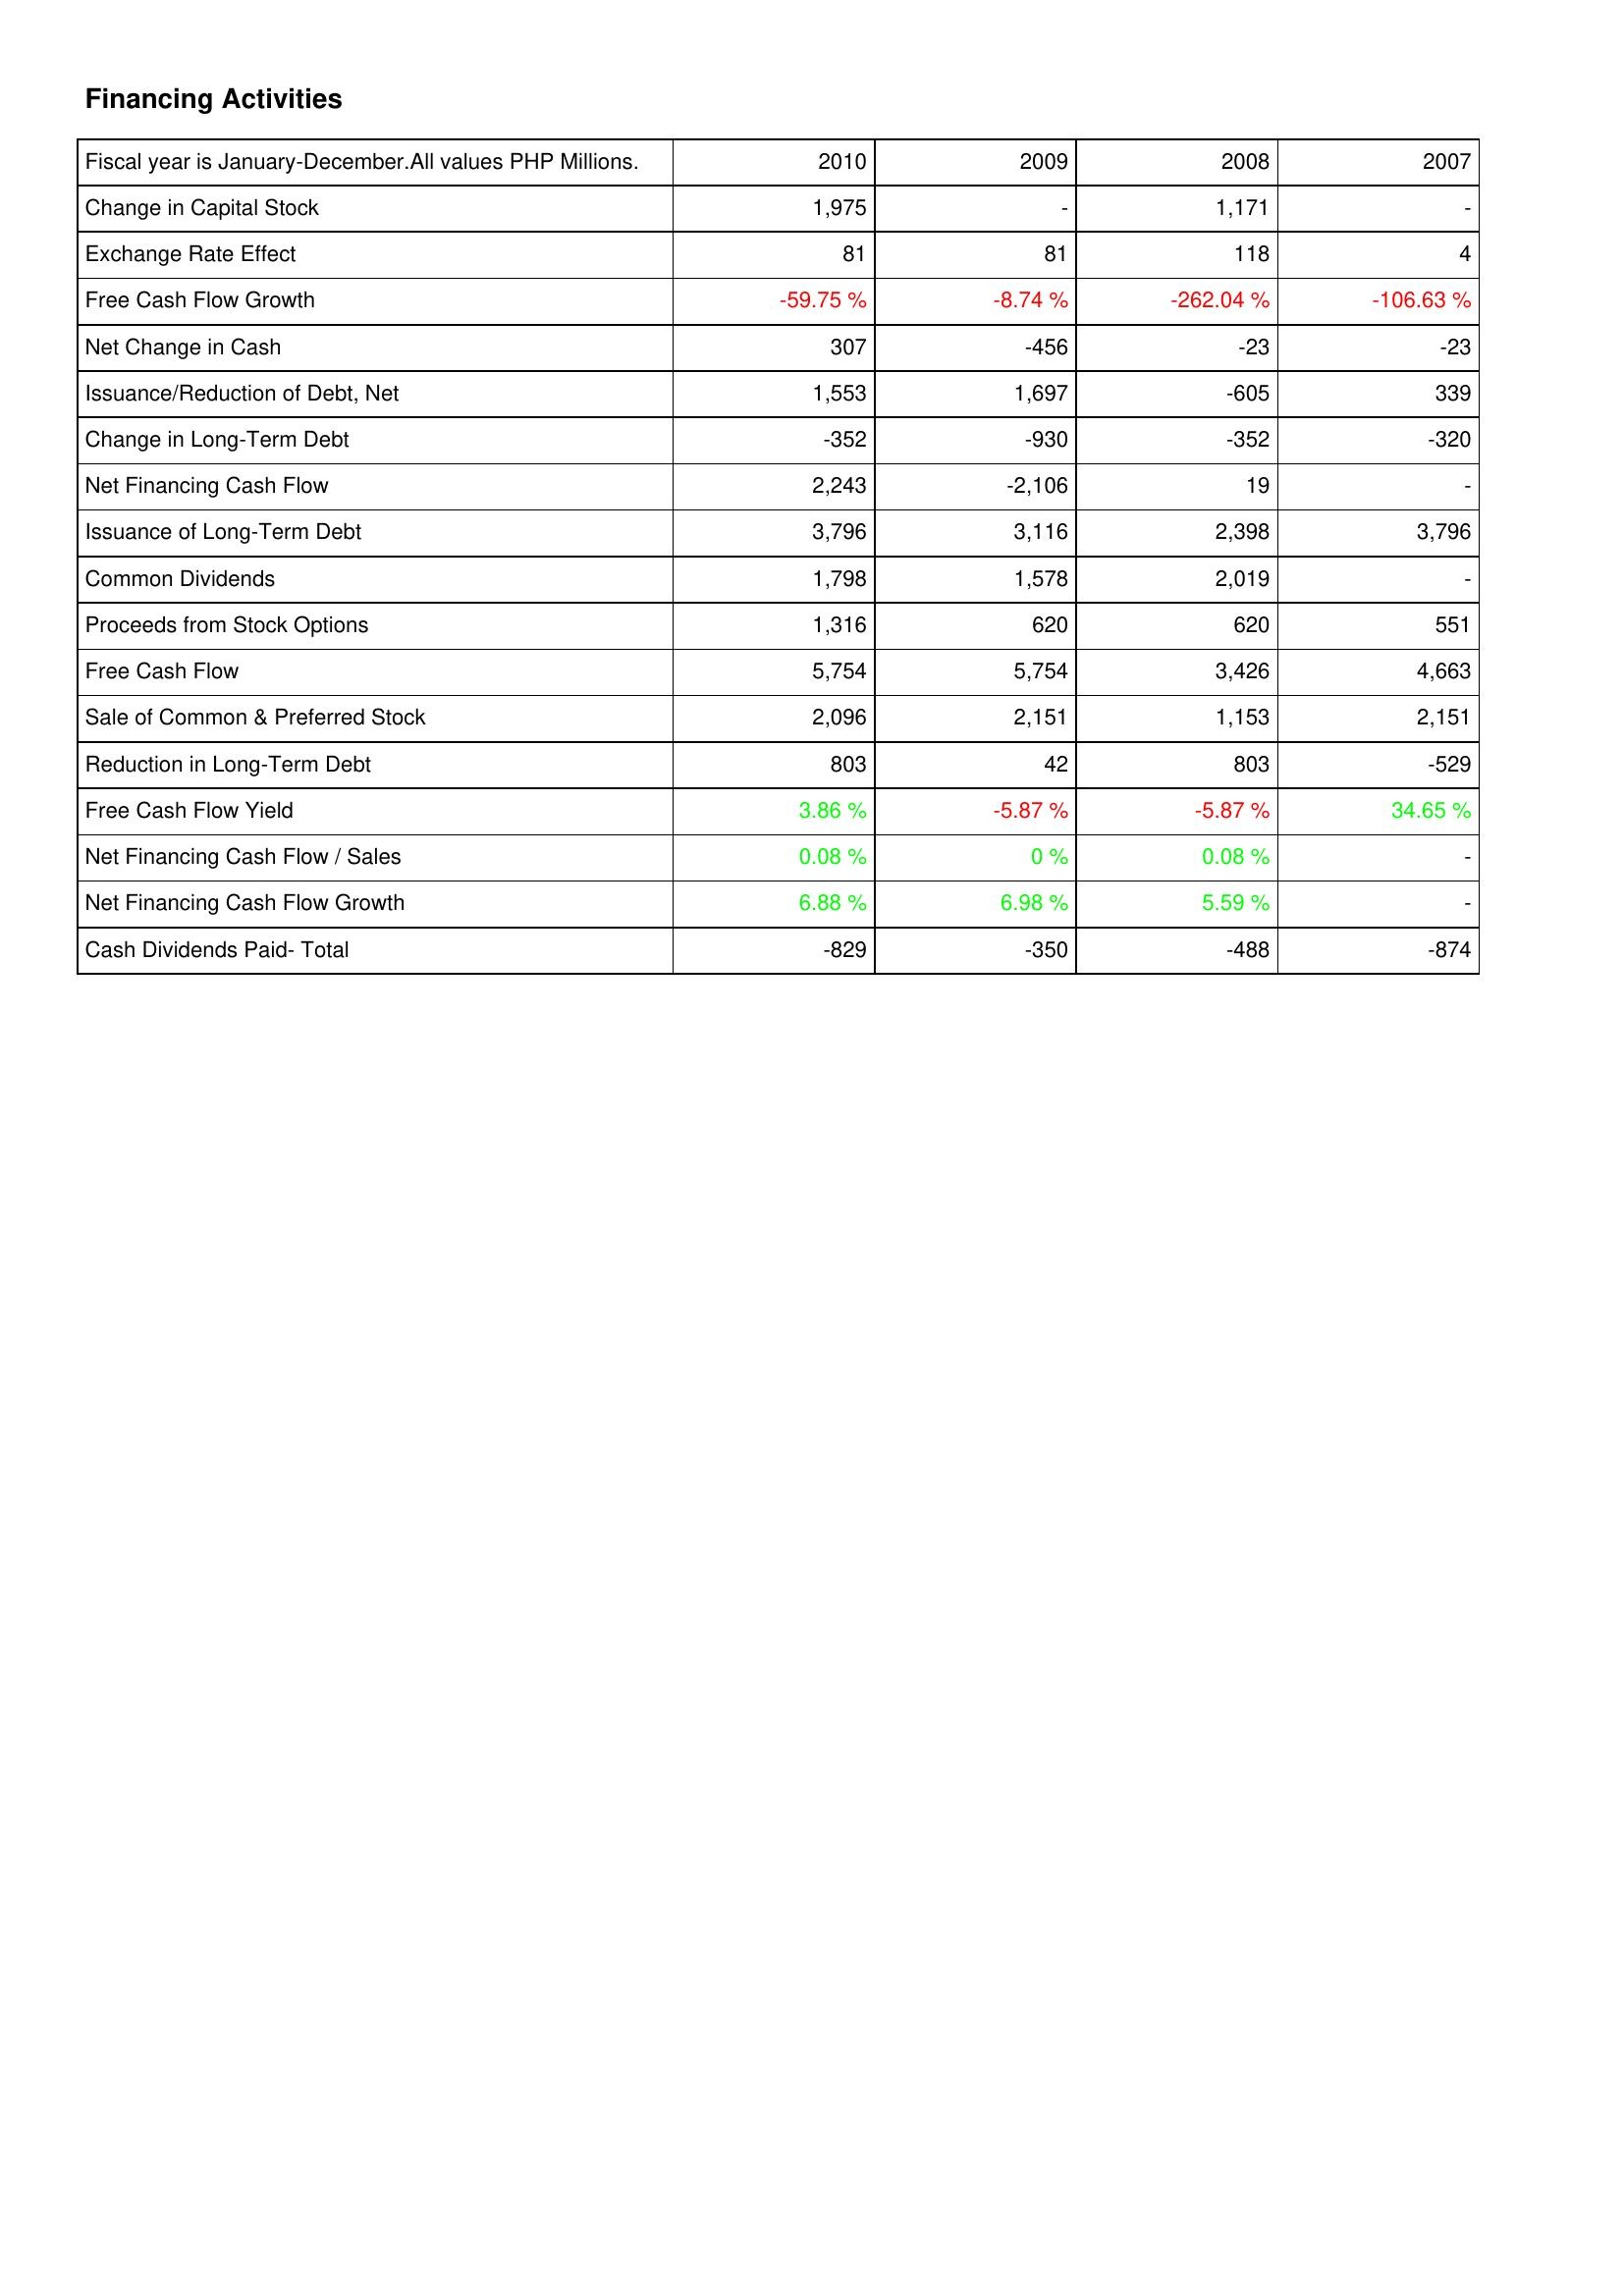
2010: Financing Activities: Change in Capital Stock: 1,975
Exchange Rate Effect: 81
Free Cash Flow Growth: -59.75 %
Net Change in Cash: 307
Issuance/Reduction of Debt, Net: 1,553
Change in Long-Term Debt: -352
Net Financing Cash Flow: 2,243
Issuance of Long-Term Debt: 3,796
Common Dividends: 1,798
Proceeds from Stock Options: 1,316
Free Cash Flow: 5,754
Sale of Common & Preferred Stock: 2,096
Reduction in Long-Term Debt: 803
Free Cash Flow Yield: 3.86 %
Net Financing Cash Flow / Sales: 0.08 %
Net Financing Cash Flow Growth: 6.88 %
Cash Dividends Paid- Total: -829
2009: Financing Activities: Change in Capital Stock: -
Exchange Rate Effect: 81
Free Cash Flow Growth: -8.74 %
Net Change in Cash: -456
Issuance/Reduction of Debt, Net: 1,697
Change in Long-Term Debt: -930
Net Financing Cash Flow: -2,106
Issuance of Long-Term Debt: 3,116
Common Dividends: 1,578
Proceeds from Stock Options: 620
Free Cash Flow: 5,754
Sale of Common & Preferred Stock: 2,151
Reduction in Long-Term Debt: 42
Free Cash Flow Yield: -5.87 %
Net Financing Cash Flow / Sales: 0 %
Net Financing Cash Flow Growth: 6.98 %
Cash Dividends Paid- Total: -350
2008: Financing Activities: Change in Capital Stock: 1,171
Exchange Rate Effect: 118
Free Cash Flow Growth: -262.04 %
Net Change in Cash: -23
Issuance/Reduction of Debt, Net: -605
Change in Long-Term Debt: -352
Net Financing Cash Flow: 19
Issuance of Long-Term Debt: 2,398
Common Dividends: 2,019
Proceeds from Stock Options: 620
Free Cash Flow: 3,426
Sale of Common & Preferred Stock: 1,153
Reduction in Long-Term Debt: 803
Free Cash Flow Yield: -5.87 %
Net Financing Cash Flow / Sales: 0.08 %
Net Financing Cash Flow Growth: 5.59 %
Cash Dividends Paid- Total: -488
2007: Financing Activities: Change in Capital Stock: -
Exchange Rate Effect: 4
Free Cash Flow Growth: -106.63 %
Net Change in Cash: -23
Issuance/Reduction of Debt, Net: 339
Change in Long-Term Debt: -320
Net Financing Cash Flow: -
Issuance of Long-Term Debt: 3,796
Common Dividends: -
Proceeds from Stock Options: 551
Free Cash Flow: 4,663
Sale of Common & Preferred Stock: 2,151
Reduction in Long-Term Debt: -529
Free Cash Flow Yield: 34.65 %
Net Financing Cash Flow / Sales: -
Net Financing Cash Flow Growth: -
Cash Dividends Paid- Total: -874